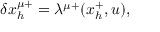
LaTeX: \delta x _ { h } ^ { \mu + } = \lambda ^ { \mu + } ( x _ { h } ^ { + } , u ) ,